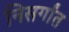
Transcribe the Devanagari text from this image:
निसर्गांत